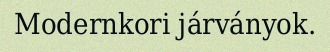
Modernkori járványok.